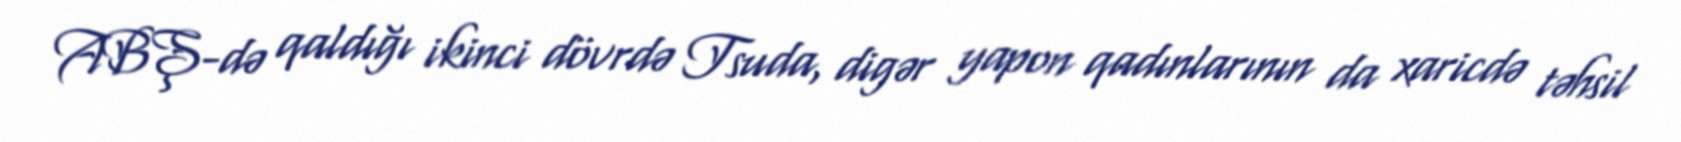
ABŞ-də qaldığı ikinci dövrdə Tsuda, digər yapon qadınlarının da xaricdə təhsil